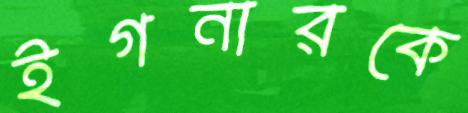
ইগনারকে